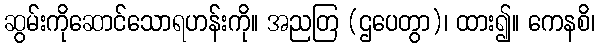
ဆွမ်းကိုဆောင်သောရဟန်းကို။ အညတြ (ဌပေတွာ)၊ ထား၍။ ကေနစိ၊